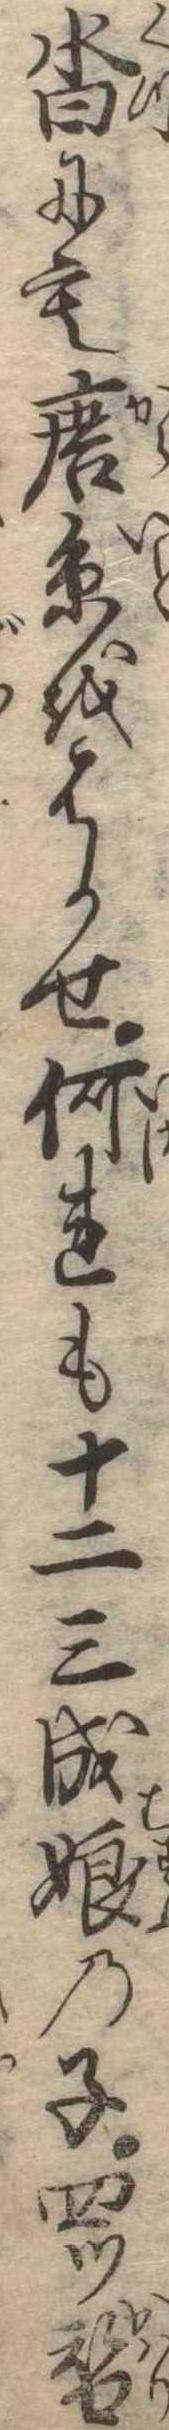
沓にも唐糸をはかせ何れも十二三成娘の子四ツ替